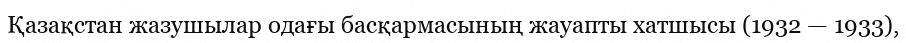
Қазақстан жазушылар одағы басқармасының жауапты хатшысы (1932 — 1933),